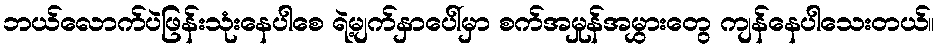
ဘယ်လောက်ပဲဖြန်းသုံးနေပါစေ ရဲ့မျက်နှာပေါ်မှာ စက်အမှုန်အမွှားတွေ ကျန်နေပါသေးတယ်။